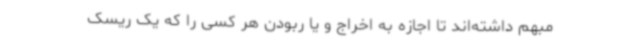
مبهم داشته‌اند تا اجازه به اخراج و یا ربودن هر کسی را که یک ریسک